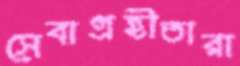
সেবাগ্রহীতারা